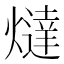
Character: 燵